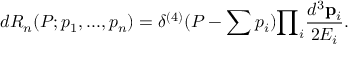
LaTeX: d { \cal R } _ { n } ( P ; p _ { 1 } , . . . , p _ { n } ) = { \delta } ^ { ( 4 ) } ( P - \sum { p _ { i } } ) { \prod } _ { i } { \frac { d ^ { 3 } { \bf p } _ { i } } { 2 E _ { i } } } .